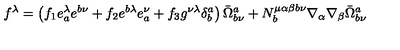
f ^ { \lambda } = \left( f _ { 1 } e _ { a } ^ { \lambda } e ^ { b \nu } + f _ { 2 } e ^ { b \lambda } e _ { a } ^ { \nu } + f _ { 3 } g ^ { \nu \lambda } \delta _ { b } ^ { a } \right) \bar { \Omega } _ { b \nu } ^ { a } + N _ { b } ^ { \mu \alpha \beta b \nu } \nabla _ { \alpha } \nabla _ { \beta } \bar { \Omega } _ { b \nu } ^ { a }